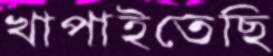
খাপাইতেছি